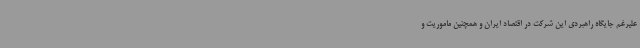
علیرغم جایگاه راهبردی این شرکت در اقتصاد ایران و همچنین ماموریت و